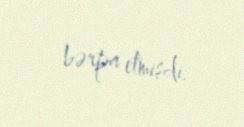
bərpa etmişdi.